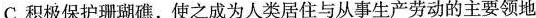
C.积极保护珊瑚礁，使之成为人类居住与从事生产劳动的主要领地